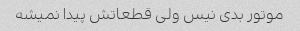
موتور بدی نیس ولی قطعاتش پیدا نمیشه